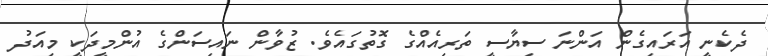
ދެކެނީ އަރައިގެން އަންނަ ސިޔާސީ ތަރިއެއްގެ ގޮތުގައެވެ. ޒުވާން ނައިސަންގެ އުންމީދަކީ މިއަދު